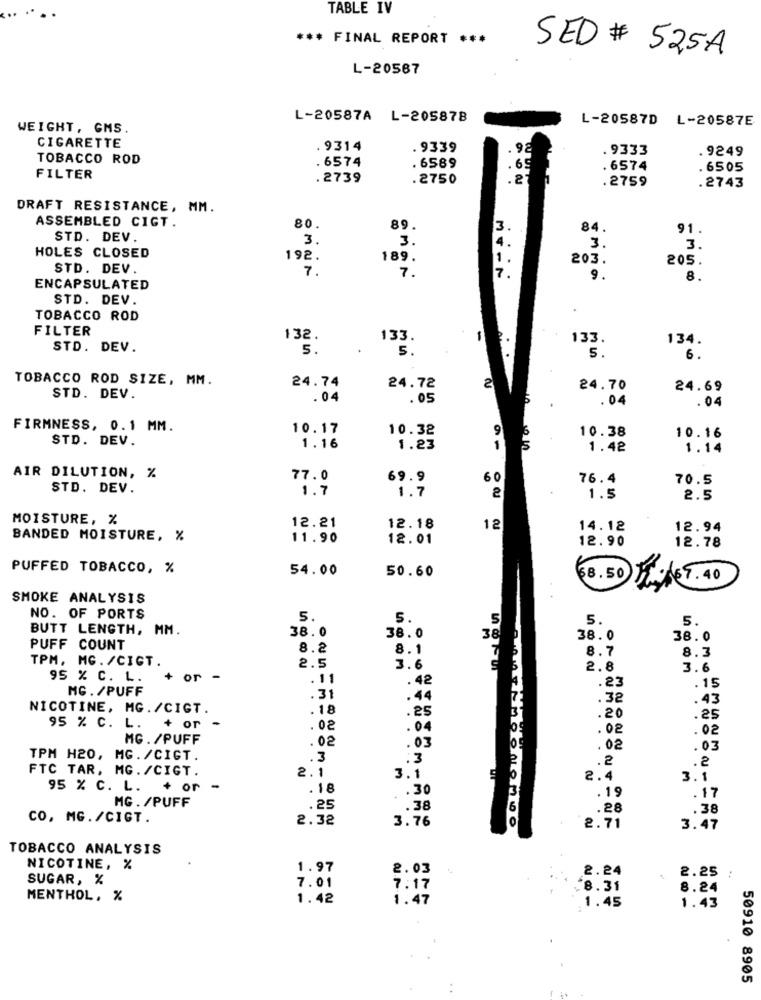
......
TABLE IV
*** FINAL REPORT ***
SED # 52,5A
L-20567
L-20587A L-205878
L-20587D L-20587E
WEIGHT, GMS.
CIGARETTE
. 9314
. 9339
98
9333
9249
TOBACCO ROD
. 6574
. 6589
6574
. 6505
FILTER
.2739
.2750
. 27
. 2759
.2743
DRAFT RESISTANCE, MM.
ASSEMBLED CIGT.
80.
89
3.
84.
91.
STD. DEV.
3.
3.
14.
HOLES CLOSED
3.
3.
192.
189.
1
203.
205.
STD. DEV
7.
7.
7.
9.
8.
ENCAPSULATED
STD. DEV.
TOBACCO ROD
FILTER
132.
133.
134.
STD. DEV.
5 .
133.
6.
TOBACCO ROD SIZE, MM.
24.74
24.72
2
24.70
24.69
STD. DEV.
.04
.05
. 04
.04
FIRMNESS, 0.1 MM.
10.17
10.32
9
10.38
STD. DEV.
10.16
1.16
1.23
1
1.42
1.14
AIR DILUTION, %
77.0
69.9
60
76.4
70.5
STD. DEV.
1.5
2.5
MOISTURE, %
12.21
12.18
12
14.12
12.94
BANDED MOISTURE, %
11.90
12.01
12.90
12.78
PUFFED TOBACCO, %
54.00
50.60
$8.50
SMOKE ANALYSIS
NO. OF PORTS
5.
5.
5
5.
5.
BUTT LENGTH, MM.
38.0
38.0
38
38.0
38.0
PUFF COUNT
8.2
8.1
8.7
TPM, MG. /CIGT.
8.3
2.5
3.6
2.8
3.6
95 % C. L.
+ or -
. 11
.42
.23
MG. /PUFF
.15
.31
.44
.32
.43
NICOTINE, MG./CIGT.
.18
.25
.20
.25
95 % C. L.
+ or
.02
.04
. 02
.02
MG. /PUFF
.02
. 03
.02
.03
TPM H20, MG. /CIGT.
.3
:3
FTC TAR, MG. /CIGT.
2.1
.2
.2
3.1
2.4
3.1
95 % C. L. + or -
. 18
.30
.19
MG. /PUFF
.17
.25
.38
.28
.38
CO, MG./CIGT.
2.32
3.76
-000100000000
2.71
3.47
TOBACCO ANALYSIS
NICOTINE, %
1.97
2.03
2.24
2.25
SUGAR, %
7.01
..
7.17
8.31
8.24
MENTHOL, %
1.42
1.47
1.45
1.43
50910 8905